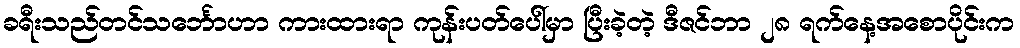
ခရီးသည်တင်သင်္ဘောဟာ ကားထားရာ ကုန်းပတ်ပေါ်မှာ ပြီးခဲ့တဲ့ ဒီဇင်ဘာ ၂၈ ရက်နေ့အစောပိုင်းက